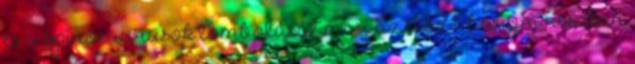
és a spinosaurusok tombolását már az előző három részben